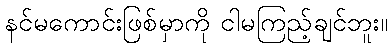
နင်မကောင်းဖြစ်မှာကို ငါမကြည့်ချင်ဘူး။